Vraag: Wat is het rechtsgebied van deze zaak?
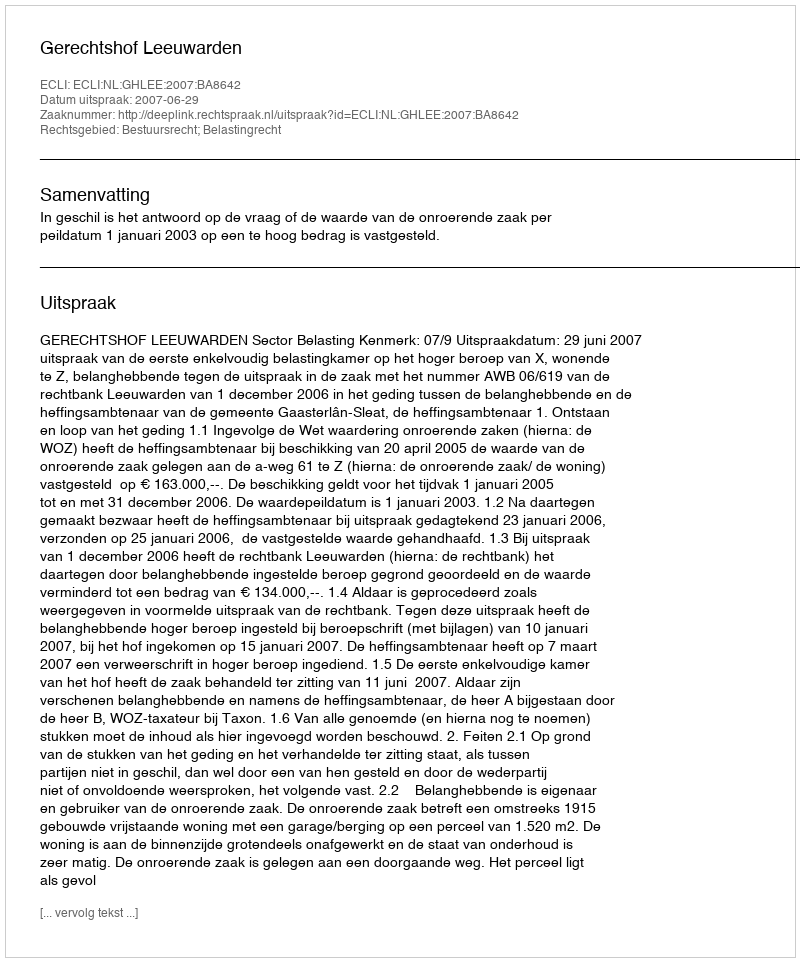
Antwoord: Bestuursrecht; Belastingrecht